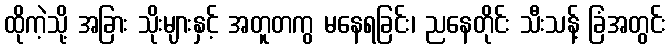
ထိုကဲ့သို့ အခြား သိုးများနှင့် အတူတကွ မနေရခြင်း၊ ညနေတိုင်း သီးသန့် ခြံအတွင်း